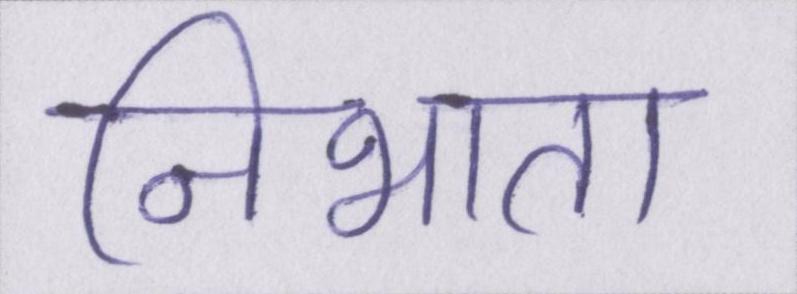
निभाता